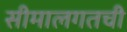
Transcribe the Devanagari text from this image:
सीमालगतची